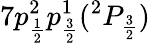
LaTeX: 7p_{\frac{1}{2}}^{2}p_{\frac{3}{2}}^{1}(^{2}P_{\frac{3}{2}})